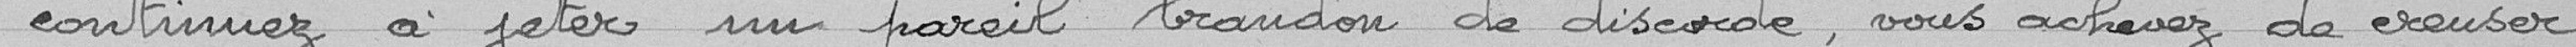
" continuez à jeter un pareil brandon de discorde, vous achevez de creuser